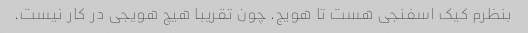
بنظرم کیک اسفنجی هست تا هویج. چون تقریبا هیچ هویجی در کار نیست.